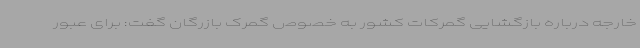
خارجه درباره بازگشایی گمرکات کشور به خصوص گمرک بازرگان گفت: برای عبور